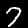
Digit: 7